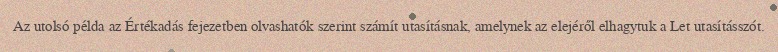
Az utolsó példa az Értékadás fejezetben olvashatók szerint számít utasításnak, amelynek az elejéről elhagytuk a Let utasításszót.